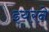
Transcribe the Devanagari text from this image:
इयरने